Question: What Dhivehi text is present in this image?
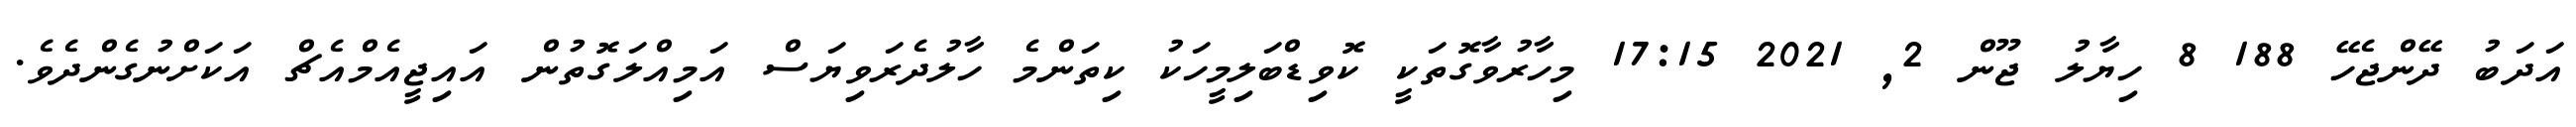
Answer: އަދަބު ދޭންޖެހޭ 188 8 ހިޔާލު ޖޫން 2, 2021 17:15 މިހާރުވާގޮތަކީ ކޮވިޑްބަލިމީހަކު ކިތަންމެ ހާލުދެރަވިޔަސް އަމިއްލަގޮތުން އައިޖީއެމްއެޗް އަކަށްނުގެންދެވެ.